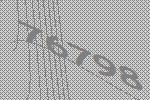
76798